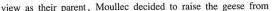
view as their parent,Moullec decided to raise the geese from